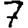
Digit: 7